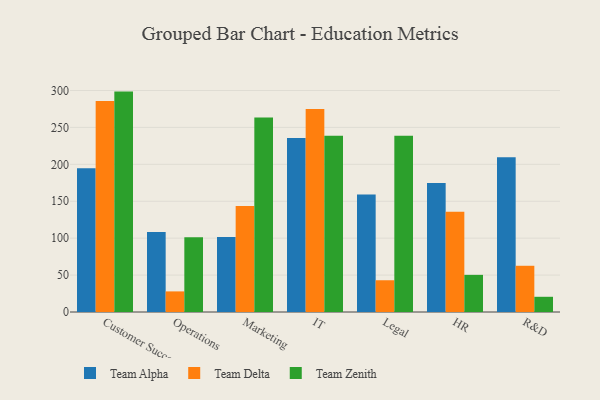
{"axis": {"x": "Department", "y": "Website Visitors"}, "legend": ["Team Alpha", "Team Delta", "Team Zenith"], "data": [{"x": "Customer Success", "y": 194.7, "type": "Team Alpha"}, {"x": "Customer Success", "y": 285.7, "type": "Team Delta"}, {"x": "Customer Success", "y": 298.5, "type": "Team Zenith"}, {"x": "Operations", "y": 108.4, "type": "Team Alpha"}, {"x": "Operations", "y": 27.9, "type": "Team Delta"}, {"x": "Operations", "y": 101.2, "type": "Team Zenith"}, {"x": "Marketing", "y": 101.6, "type": "Team Alpha"}, {"x": "Marketing", "y": 143.6, "type": "Team Delta"}, {"x": "Marketing", "y": 263.3, "type": "Team Zenith"}, {"x": "IT", "y": 235.6, "type": "Team Alpha"}, {"x": "IT", "y": 274.9, "type": "Team Delta"}, {"x": "IT", "y": 238.7, "type": "Team Zenith"}, {"x": "Legal", "y": 159.1, "type": "Team Alpha"}, {"x": "Legal", "y": 43.0, "type": "Team Delta"}, {"x": "Legal", "y": 238.7, "type": "Team Zenith"}, {"x": "HR", "y": 174.6, "type": "Team Alpha"}, {"x": "HR", "y": 135.8, "type": "Team Delta"}, {"x": "HR", "y": 50.3, "type": "Team Zenith"}, {"x": "R&D", "y": 209.7, "type": "Team Alpha"}, {"x": "R&D", "y": 62.6, "type": "Team Delta"}, {"x": "R&D", "y": 20.6, "type": "Team Zenith"}]}